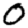
Digit: 0